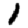
Digit: 1